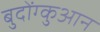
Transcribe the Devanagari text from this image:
बुदोंग्कुआन